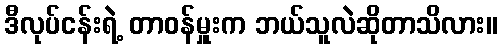
ဒီလုပ်ငန်းရဲ့ တာဝန်မှူးက ဘယ်သူလဲဆိုတာသိလား။